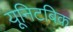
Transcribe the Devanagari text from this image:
यूनिटबिक